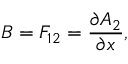
B = F _ { 1 2 } = \frac { \partial A _ { 2 } } { \partial x } ,